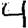
Digit: 4